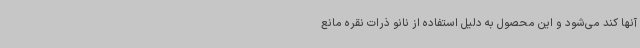
آنها کند می‌شود و این محصول به دلیل استفاده از نانو ذرات نقره مانع